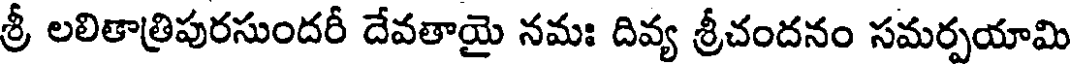
శ్రీ లలితాత్రిపురసుందరీ దేవతాయై నమః దివ్య శ్రీచందనం సమర్పయామి